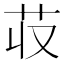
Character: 𮎢